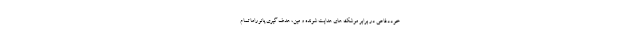
خوددفاعی در برابر موشک های هدایت شونده و مین، هدف گیری پانوراما تمام